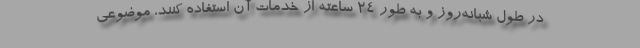
در طول شبانه‌روز و به طور ۲۴ ساعته از خدمات آن استفاده کنند، موضوعی